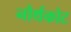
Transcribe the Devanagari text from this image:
नौर्थकोट